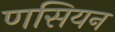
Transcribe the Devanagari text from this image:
णसियन